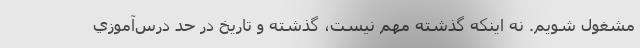
مشغول شويم. نه اينكه گذشته مهم نيست، گذشته و تاريخ در حد درس‌آموزي